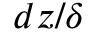
d z / \delta